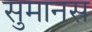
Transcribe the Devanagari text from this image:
सुमानस